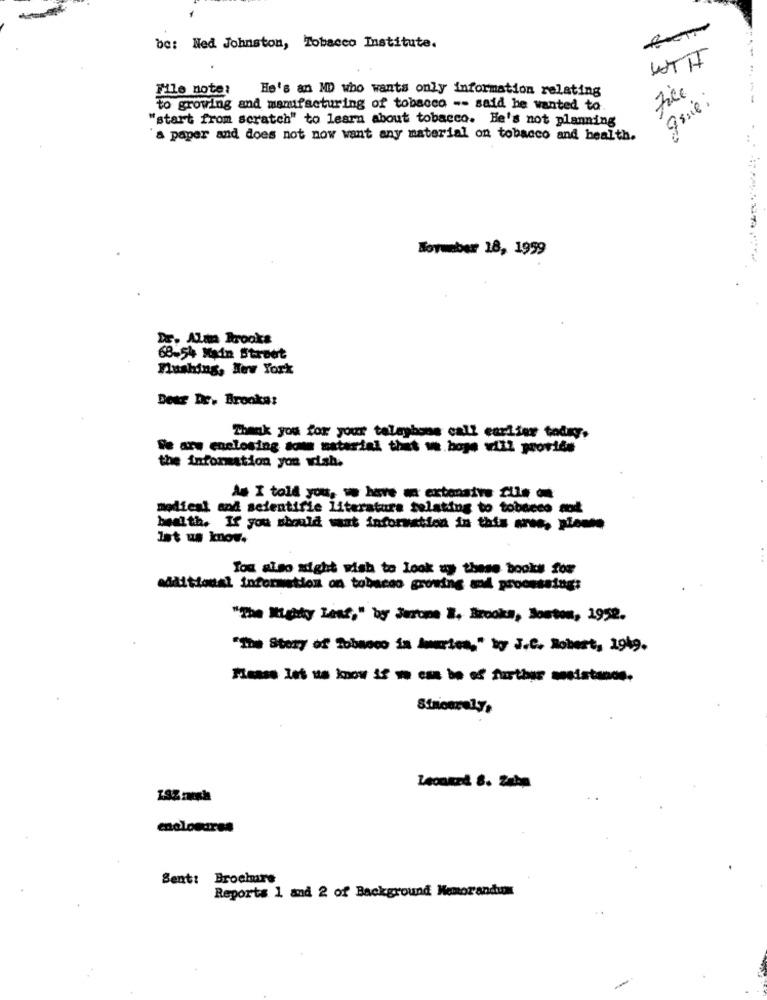
be: Ned Johnston, Tobacco Institute.
File note:
He's an MD who wants only information relating
Fice
to growing and manufacturing of tobacco -- said he wanted to
"start from scratch" to learn about tobacco. He's not planning
a paper and does not now want any material on tobacco and health.
Tormber 18, 1999
DE, Alan Brooks
68-54 Main Street
Flushing, New York
Bear De. Brooks:
Thank you for your telephone call earlier today,
Se ars enclosing som material that w.hope will provide
the information you wish.
&# I told you, we have an extensive fle
medical and scientific literatura relating to tobacco mod
health. If you should sat information in this one, pie
Ist us know.
Tou also sight wish to look uy these books for
additional information on tobacco growing and processing:
"The Mighty Leaf," by Jerome B, Brooks, Bouton, 1952.
"The Story of Tobacco in Juries," by J.C. Robert, 1949.
Messe let us know if we cse be of further mesistands.
Staionrely,
Leonard 8. 24ha
enclosures
Sent: Brochure
Reports 1 and 2 of Background Memorandum